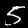
Label: 5